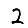
Digit: 2